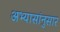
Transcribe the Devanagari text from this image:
अभ्यासांनुसार